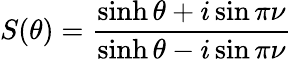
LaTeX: S(\theta)=\frac{\sinh\theta+i\sin\pi\nu}{\sinh\theta-i\sin\pi\nu}